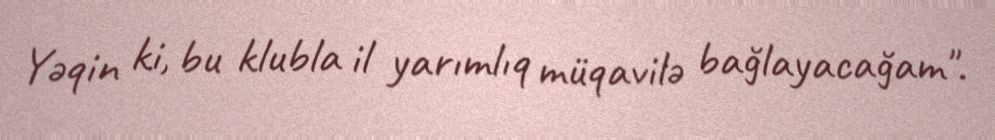
Yəqin ki, bu klubla il yarımlıq müqavilə bağlayacağam".